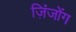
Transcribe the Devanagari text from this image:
ज़िंजोंग